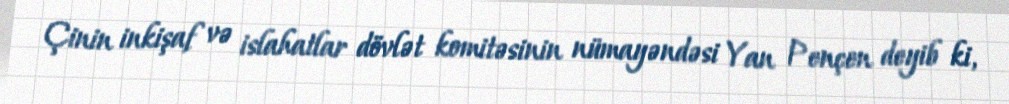
Çinin inkişaf və islahatlar dövlət komitəsinin nümayəndəsi Yan Pençen deyib ki,